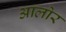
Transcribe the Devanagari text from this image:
आलोर